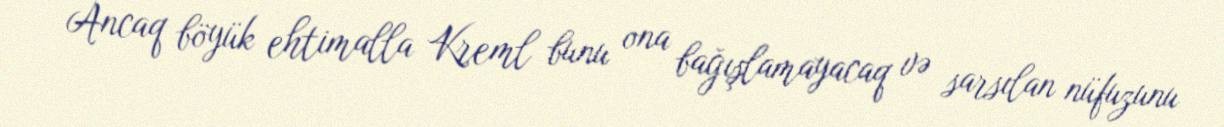
Ancaq böyük ehtimalla Kreml bunu ona bağışlamayacaq və sarsılan nüfuzunu